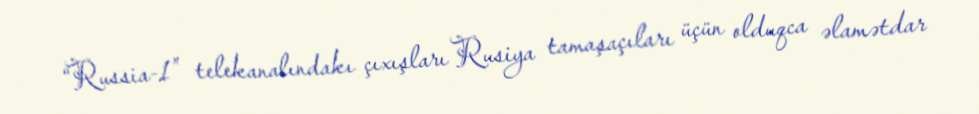
“Russia-1” telekanalındakı çıxışları Rusiya tamaşaçıları üçün olduqca əlamətdar